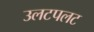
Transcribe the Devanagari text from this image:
उलटपलट